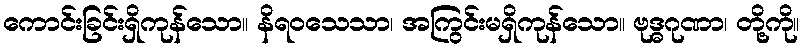
ကောင်းခြင်းရှိကုန်သော။ နိရဝသေသာ၊ အကြွင်းမရှိကုန်သော။ ဗုဒ္ဓဂုဏာ၊ တို့ကို။